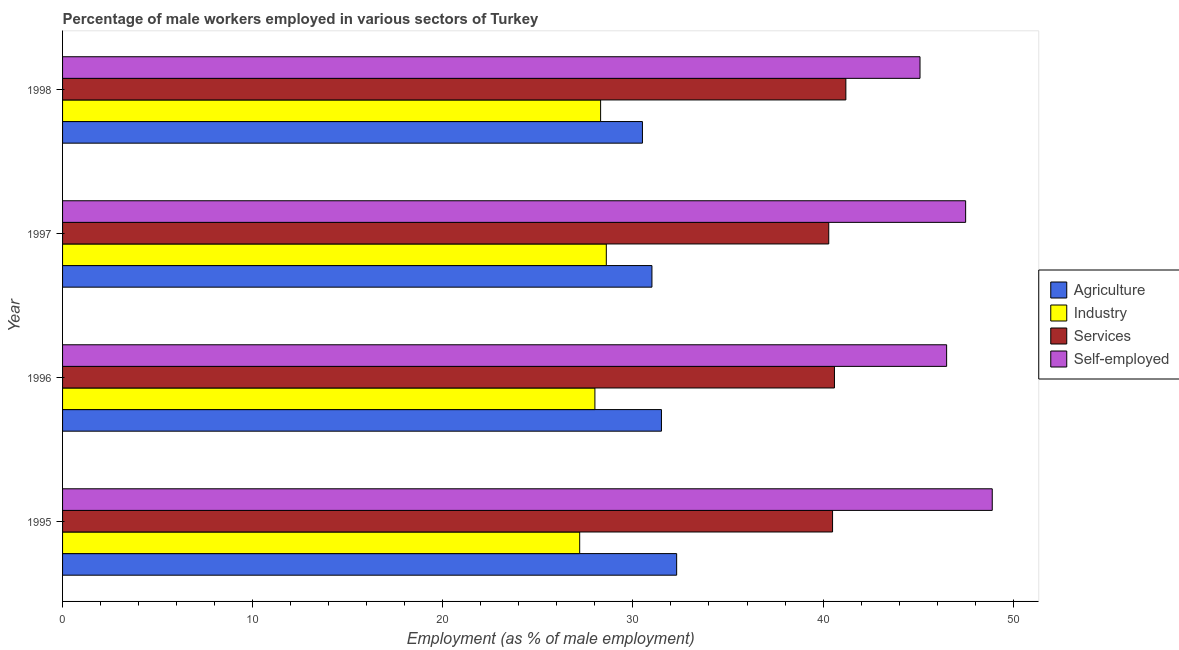
| Year | Agriculture | Industry | Services | Self-employed |
 | --- | --- | --- | --- | --- |
 | 1995 | 32.3 | 27.2 | 40.5 | 48.9 |
 | 1996 | 31.5 | 28 | 40.6 | 46.5 |
 | 1997 | 31 | 28.6 | 40.3 | 47.5 |
 | 1998 | 30.5 | 28.3 | 41.2 | 45.1 |